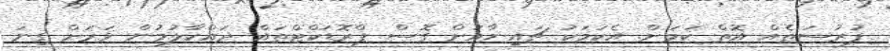
ފުރުސަތެއް އޮތް ކަމަށް. އެކަމަކު ޗައިނާއަށް ގޮސް ޕްރޮޑަކްޓްތައް ދައްކާލުމުން ވަރަށް ގިނަ